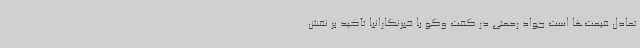
تعادل قیمت‌ها است جواد رحمتی در گفت وگو با خبرنگارانبا تأکید بر نقش